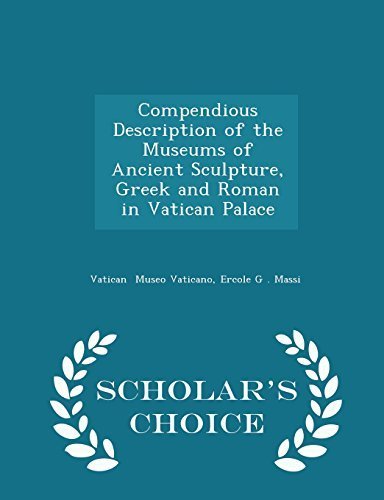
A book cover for Compendious Description of the Museums of Ancient Sculpture, Greek and Roman in Vatican Palace - Scholar's Choice Edition by Museo Vaticano, Ercole G . Massi Vatica (2015) Paperback; Ercole G . Massi Vatica Museo Vaticano; Travel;